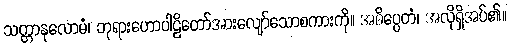
သတ္တာနုလောမံ၊ ဘုရားဟောပါဠိတော်အားလျော်သောစကားကို။ အဓိပ္ပေတံ၊ အလိုရှိအပ်၏။